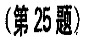
（第25题）